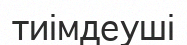
тиімдеуші